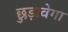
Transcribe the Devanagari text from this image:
छुड़ावेगा